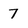
Character: 7